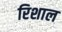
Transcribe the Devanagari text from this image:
रिशाल